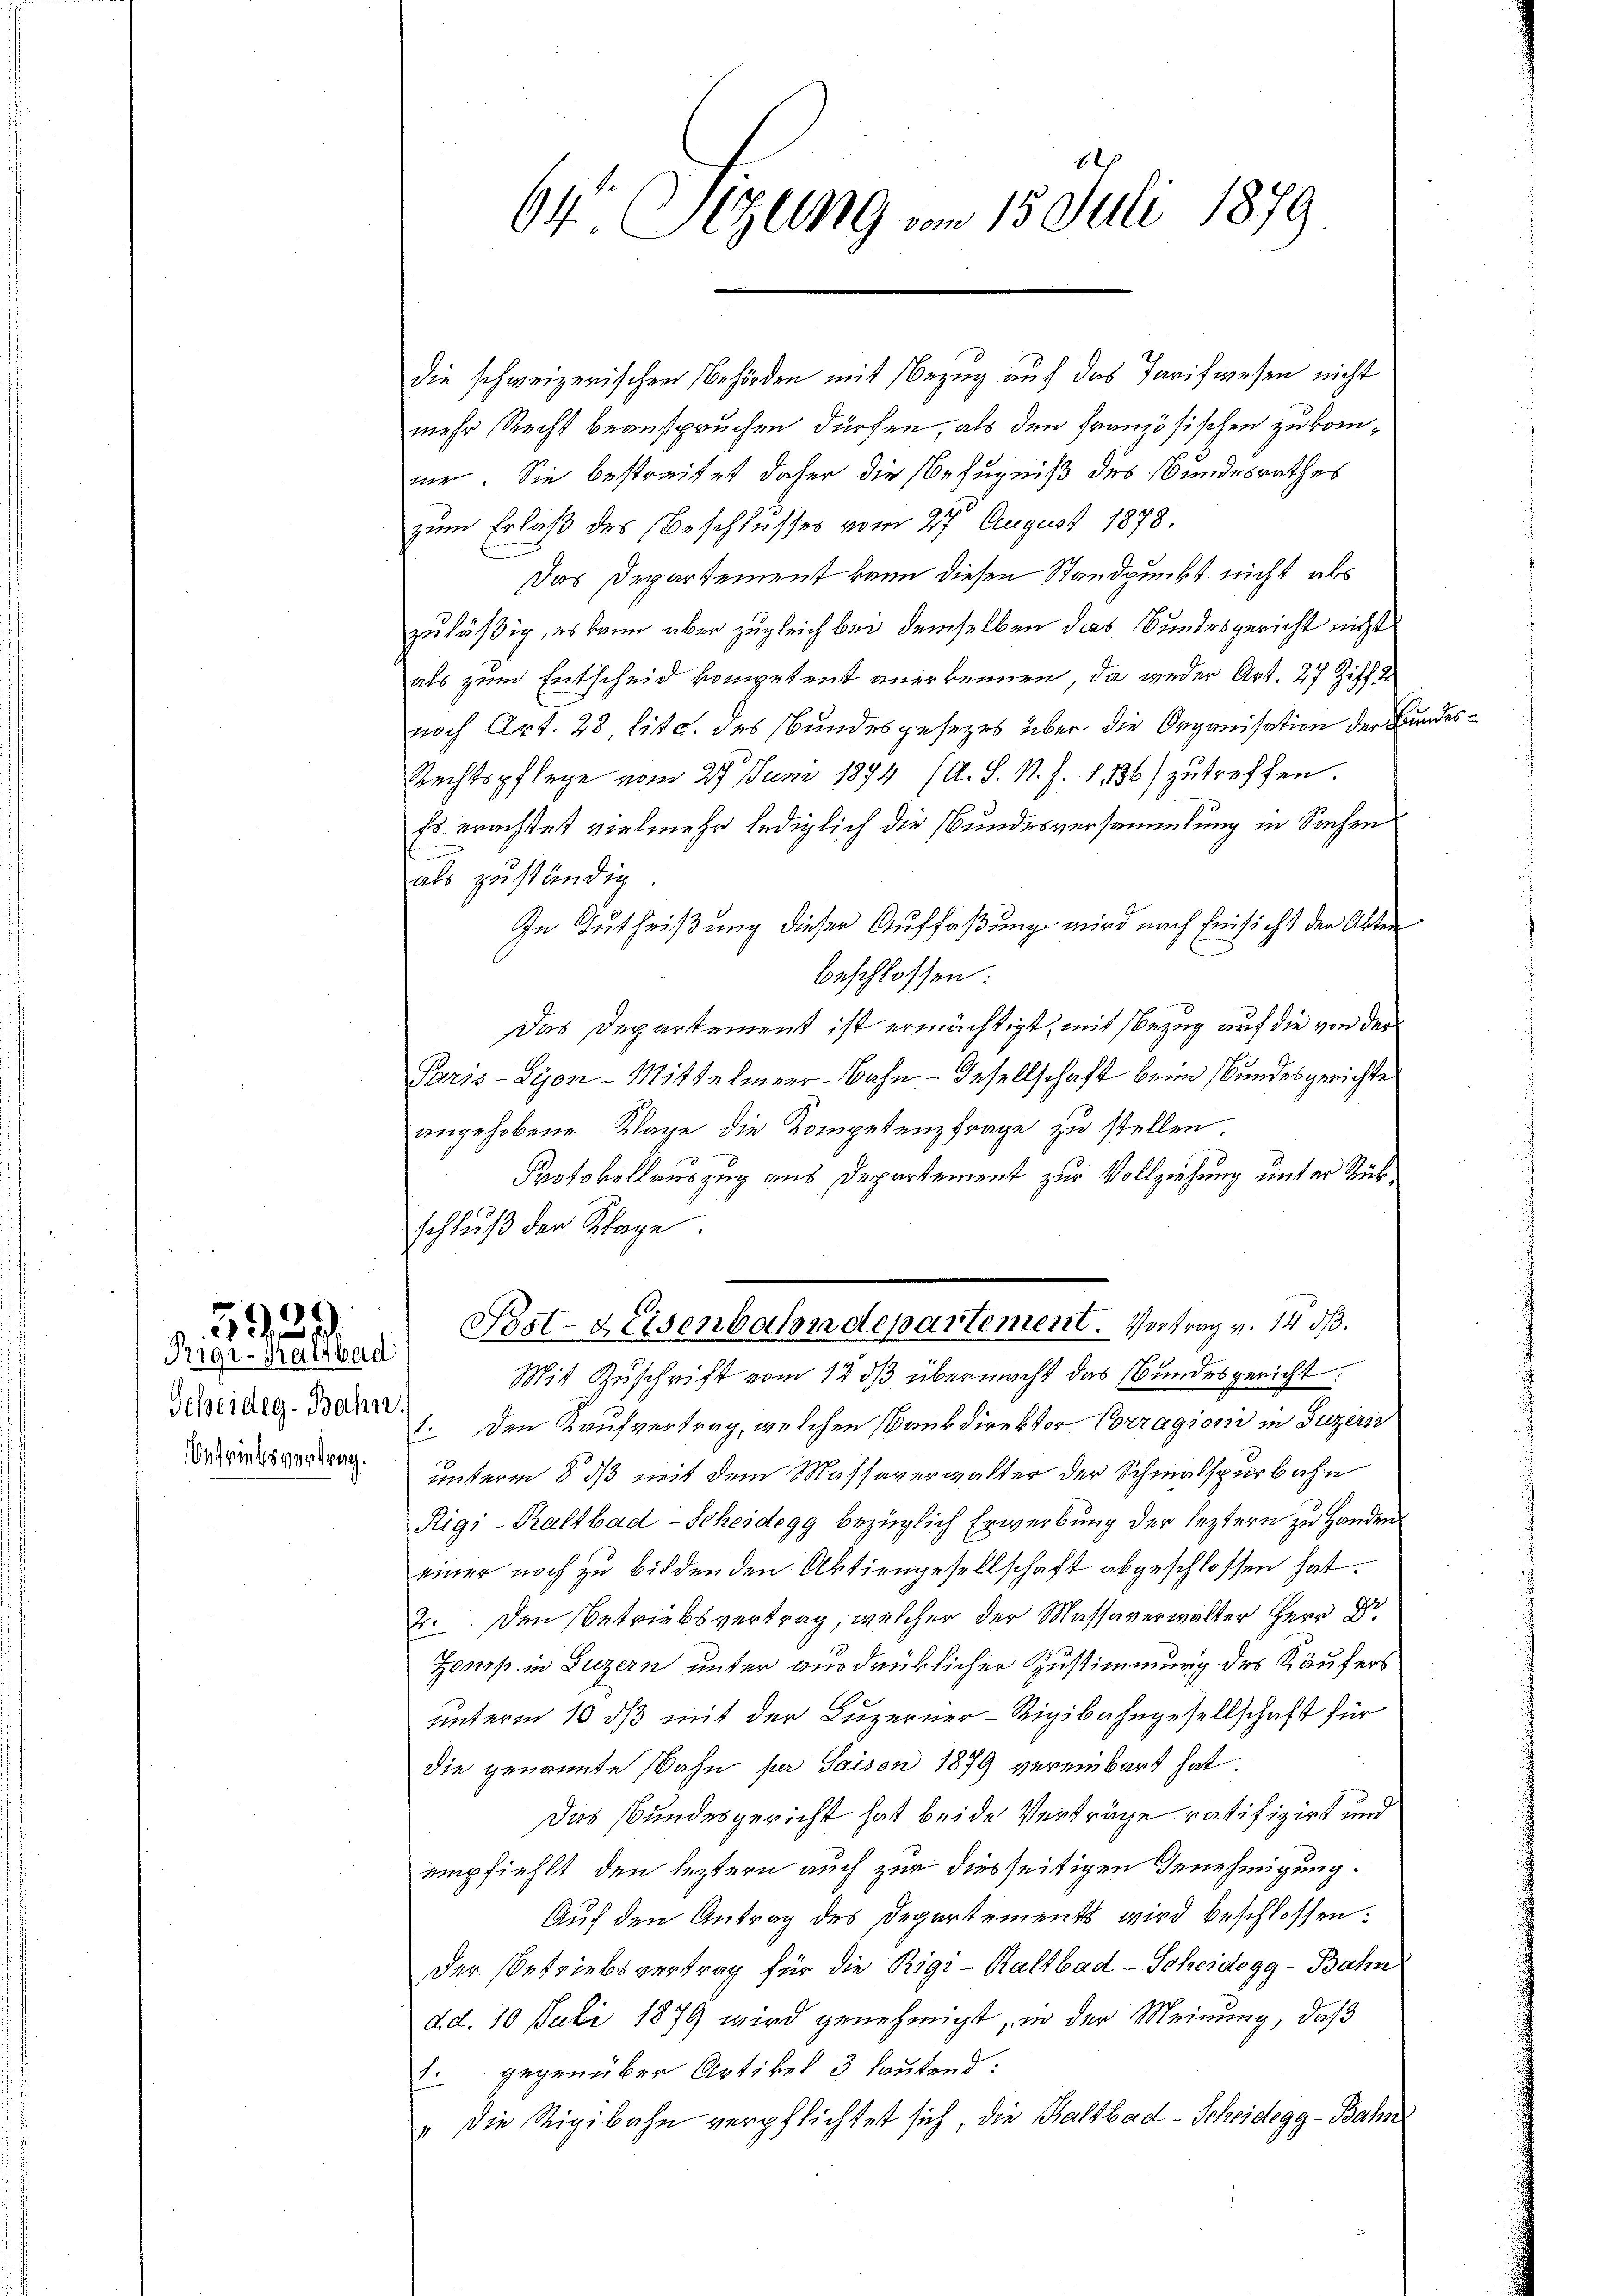
5929.
Virgi-Kaltbad

g
Scheideg-Bahn.
Oetriebsvertrag.

64 Sizung vom 15. Juli 1879

mehr Recht beanspruchen dürfen, als den französischen zukommer. Sie bestreitet daher die Befugniß des Bundesrathes
zum Erlaß des Beschlusses vom 27 August 1878.
Das Departement kann diesen Standpunkt nicht als
zuläßig, es kann aber zugleich bei demselben das Bundesgericht nicht
als zum Entscheid kompetent anerkennen, da weder Art. 27 Ziff d
nach Art. 28 litt. des Bundesgesezes über die Organisation der Bundes¬
Rechtspflege vom 27. Juni 1874 (A. S. N. Z. 1136) zutreffen.
Es erachtet vielmehr lediglich die Bundesversammlung in Sachen
f
als zuständig
In Gutheißung dieser Auffaßung wird nach Einsicht der Alter
beschlossen:
Das Departement ist ermächtigt, mit Bezug auf die von der
Paris - Lyon - Mittelmeer-Bahn- Gesellschaft beim Bundesgerichte
angehobene Klage die Kompetenzfrage zu stellen.
Protokollauszug aus Departement zur Vollziehung unter Stück,
schluß der Klage.
Post-Keisenbahndepartement. Vortrag v. 14 d.
Mit Zuschrift vom 12. dβ übermacht das Bundesgericht.
1. Den Kaufvertrag, welchen sankdirektor Corragioni in Luzern
unterm 8. ds mit dem Massaverwalter der Schmalspurbahn
Rigi-Kaltbad-Scheidegg bezüglich Erwerbung der leztern zu Handen
einer noch zu bildenden Aktiengesellschaft abgeschlossen hat.
2. Den Betriebsvertrag, welcher der Massaverwalter Herr Dr.
Zensp. in Luzern unter ausdrücklicher Zustimmung des Käufers
unterm 10. ds mit der Luzerner-Rigibahngesellschaft für
die genannte Bahn per Saison 1879 vereinbart hat.
Das Bundesgericht hat beide Verträge ratifizirt und
empfiehlt, den leztern auch zur diesseitigen Benehmigung.
Auf den Antrag des Departements wird beschlossen:
Der Betriebsvertrag für die Rigi-Kaltbad-Scheidegg-Bahn
d.d. 10 Juli 1879 wird genehmigt, in der Meinung, daß
1 gegenüber Artikel 3 lautend:
" die Rigibahn verpflichtet sich, die Baltbad-Scheidegg-Bahn

die schweizerischen Behörden mit Bezug auf das Tarifwesen nicht